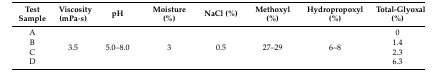
<table><thead><tr><td><b>Test Sample</b></td><td><b>Viscosity (mPa·s)</b></td><td><b>pH</b></td><td><b>Moisture (%)</b></td><td><b>NaCl (%)</b></td><td><b>Methoxyl (%)</b></td><td><b>Hydropropoxyl (%)</b></td><td><b>Total-Glyoxal (%)</b></td></tr></thead><tbody><tr><td>A</td><td rowspan="4">3.5</td><td rowspan="4">5.0–8.0</td><td rowspan="4">3</td><td rowspan="4">0.5</td><td rowspan="4">27–29</td><td rowspan="4">6–8</td><td>0</td></tr><tr><td>B</td><td>1.4</td></tr><tr><td>C</td><td>2.3</td></tr><tr><td>D</td><td>6.3</td></tr></tbody></table>